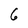
Character: 6